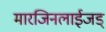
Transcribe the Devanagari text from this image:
मारजिनलाईजड्